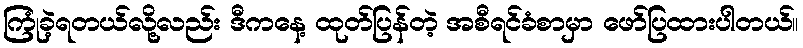
ကြုံခဲ့ရတယ်လို့လည်း ဒီကနေ့ ထုတ်ပြန်တဲ့ အစီရင်ခံစာမှာ ဖော်ပြထားပါတယ်။